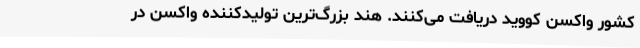
کشور واکسن کووید دریافت می‌کنند. هند بزرگ‌ترین تولیدکننده واکسن در